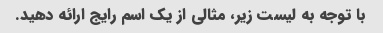
با توجه به لیست زیر، مثالی از یک اسم رایج ارائه دهید.